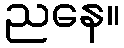
ညနေ။